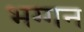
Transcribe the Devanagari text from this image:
भग्गन